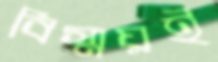
বিস্ময়ই